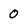
Character: 0